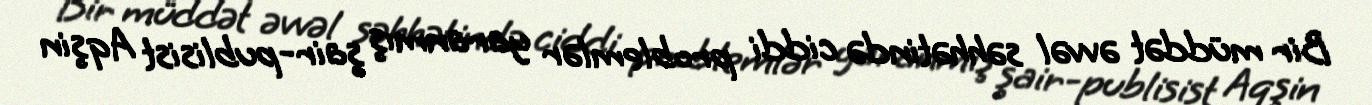
Bir müddət əvvəl səhhətində ciddi problemlər yaranmış şair-publisist Aqşin